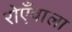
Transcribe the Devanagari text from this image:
रोएँवाला